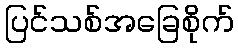
ပြင်သစ်အခြေစိုက်